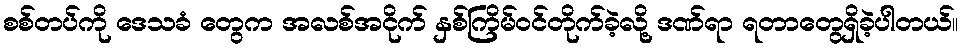
စစ်တပ်ကို ဒေသခံ တွေက အလစ်အငိုက် နှစ်ကြိမ်ဝင်တိုက်ခဲ့လို့ ဒဏ်ရာ ရတာတွေရှိခဲ့ပါတယ်။